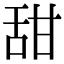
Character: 甜